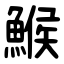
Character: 鯸